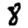
Digit: 8